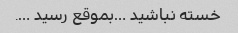
خسته نباشید …بموقع رسید ….